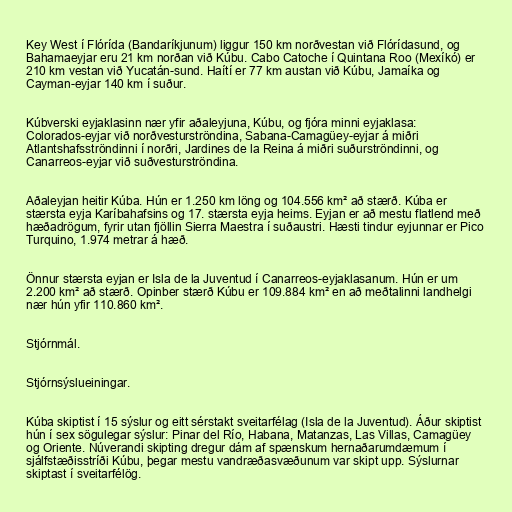
Key West í Flórída (Bandaríkjunum) liggur 150 km norðvestan við Flórídasund, og
Bahamaeyjar eru 21 km norðan við Kúbu. Cabo Catoche í Quintana Roo (Mexíkó) er
210 km vestan við Yucatán-sund. Haítí er 77 km austan við Kúbu, Jamaíka og
Cayman-eyjar 140 km í suður.

Kúbverski eyjaklasinn nær yfir aðaleyjuna, Kúbu, og fjóra minni eyjaklasa:
Colorados-eyjar við norðvesturströndina, Sabana-Camagüey-eyjar á miðri
Atlantshafsströndinni í norðri, Jardines de la Reina á miðri suðurströndinni, og
Canarreos-eyjar við suðvesturströndina.

Aðaleyjan heitir Kúba. Hún er 1.250 km löng og 104.556 km² að stærð. Kúba er
stærsta eyja Karíbahafsins og 17. stærsta eyja heims. Eyjan er að mestu flatlend með
hæðadrögum, fyrir utan fjöllin Sierra Maestra í suðaustri. Hæsti tindur eyjunnar er Pico
Turquino, 1.974 metrar á hæð.

Önnur stærsta eyjan er Isla de la Juventud í Canarreos-eyjaklasanum. Hún er um
2.200 km² að stærð. Opinber stærð Kúbu er 109.884 km² en að meðtalinni landhelgi
nær hún yfir 110.860 km².

Stjórnmál.

Stjórnsýslueiningar.

Kúba skiptist í 15 sýslur og eitt sérstakt sveitarfélag (Isla de la Juventud). Áður skiptist
hún í sex sögulegar sýslur: Pinar del Río, Habana, Matanzas, Las Villas, Camagüey
og Oriente. Núverandi skipting dregur dám af spænskum hernaðarumdæmum í
sjálfstæðisstríði Kúbu, þegar mestu vandræðasvæðunum var skipt upp. Sýslurnar
skiptast í sveitarfélög.